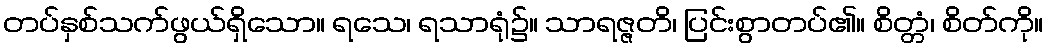
တပ်နှစ်သက်ဖွယ်ရှိသော။ ရသေ၊ ရသာရုံ၌။ သာရဇ္ဇတိ၊ ပြင်းစွာတပ်၏။ စိတ္တံ၊ စိတ်ကို။